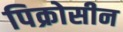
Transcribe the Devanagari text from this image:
पिक्रोसीन